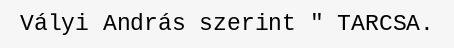
Vályi András szerint " TARCSA.